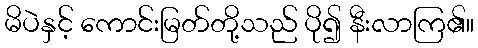
မိပဲနှင့် ကောင်းမြတ်တို့သည် ပို၍ နီးလာကြ၏။